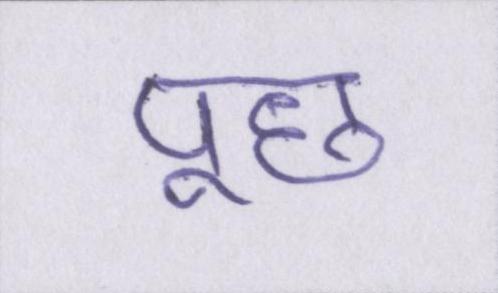
पूछ